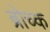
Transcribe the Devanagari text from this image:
ब्रोच्क